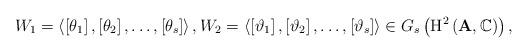
LaTeX: \begin{align*}W_{1}=\left\langle \left[ \theta _{1}\right] ,\left[ \theta _{2}\right] ,\dots,\left[ \theta _{s}\right] \right\rangle ,W_{2}=\left\langle \left[ \vartheta_{1}\right] ,\left[ \vartheta _{2}\right] ,\dots,\left[ \vartheta _{s}\right]\right\rangle \in G_{s}\left( {\rm H^{2}}\left( {\bf A},\mathbb C\right)\right),\end{align*}